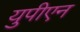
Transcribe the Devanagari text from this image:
युपीएन